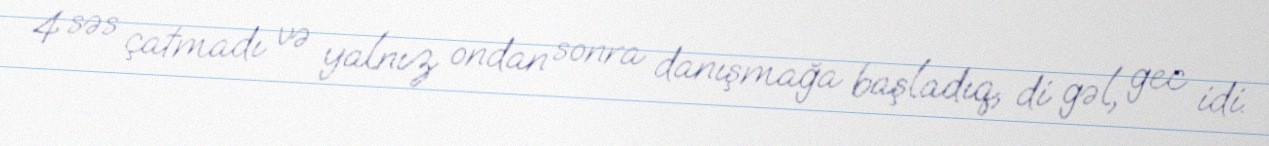
4 səs çatmadı və yalnız ondan sonra danışmağa başladıq, di gəl, gec idi.